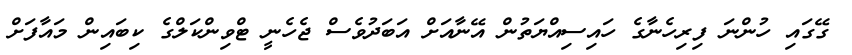
ގޭގައި ހުންނަ ފިރިހެނާގެ ހައިސިއްޔަތުން އޭނާއަށް އަބަދުވެސް ޖެހެނީ ޓްވިންކަލްގެ ކިބައިން މައާފަށް